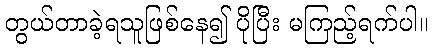
တွယ်တာခဲ့ရသူဖြစ်နေ၍ ပိုပြီး မကြည့်ရက်ပါ။